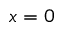
x = 0